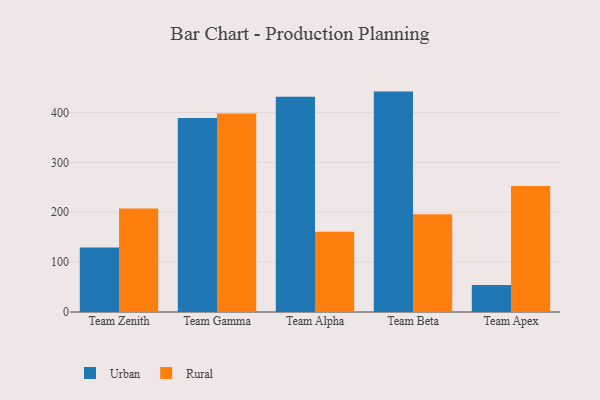
{"axis": {"x": "Team", "y": "Tickets Resolved"}, "legend": ["Rural", "Urban"], "data": [{"x": "Team Zenith", "y": 129.5, "type": "Urban"}, {"x": "Team Zenith", "y": 207.6, "type": "Rural"}, {"x": "Team Gamma", "y": 389.3, "type": "Urban"}, {"x": "Team Gamma", "y": 398.2, "type": "Rural"}, {"x": "Team Alpha", "y": 431.6, "type": "Urban"}, {"x": "Team Alpha", "y": 161.2, "type": "Rural"}, {"x": "Team Beta", "y": 442.1, "type": "Urban"}, {"x": "Team Beta", "y": 196.3, "type": "Rural"}, {"x": "Team Apex", "y": 54.0, "type": "Urban"}, {"x": "Team Apex", "y": 252.7, "type": "Rural"}]}